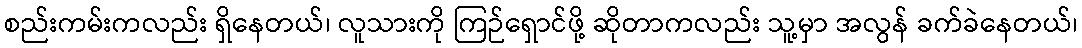
စည်းကမ်းကလည်း ရှိနေတယ်၊ လူသားကို ကြဉ်ရှောင်ဖို့ ဆိုတာကလည်း သူ့မှာ အလွန် ခက်ခဲနေတယ်၊